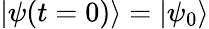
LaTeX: |\psi(t=0)\rangle=|\psi_{0}\rangle